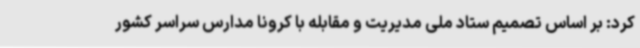
کرد: بر اساس تصمیم ستاد ملی مدیریت و مقابله با کرونا مدارس سراسر کشور